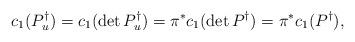
LaTeX: \begin{align*}c_1(P^{\dagger}_u) =c_1(\det P^{\dagger}_u) = \pi^* c_1(\det P^{\dagger}) = \pi^*c_1(P^{\dagger}),\end{align*}